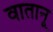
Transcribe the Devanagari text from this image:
वातानू